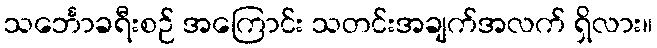
သင်္ဘောခရီးစဉ် အကြောင်း သတင်းအချက်အလက် ရှိလား။